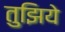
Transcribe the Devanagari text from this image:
तुझिये